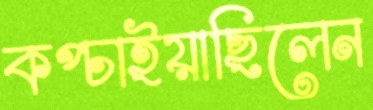
কপ্‌চাইয়াছিলেন